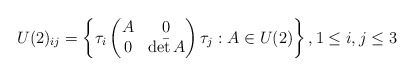
\begin{align*}U(2)_{ij}=\left\lbrace\tau_i\begin{pmatrix}A & 0\\0 & \bar{\det A}\end{pmatrix}\tau_j : A\in U(2)\right\rbrace,1\leq i,j\leq 3\end{align*}